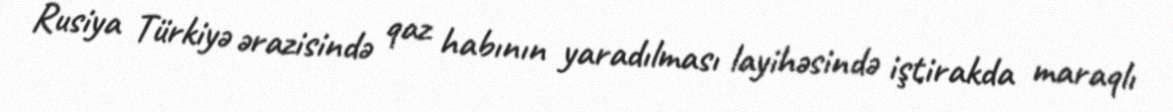
Rusiya Türkiyə ərazisində qaz habının yaradılması layihəsində iştirakda maraqlı